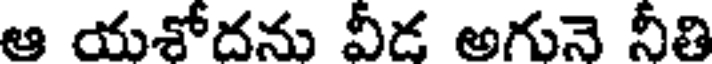
ఆ యశోదను వీడ అగునె నీతి